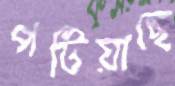
পটিয়াছে